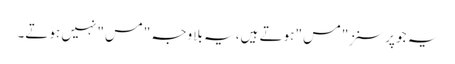
یہ جو پرسنز ِ"مس" ہوتے ہیں، یہ بلاوجہ "مس" نہیں ہوتے۔